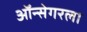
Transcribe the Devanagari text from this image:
ऑन्सेगरला